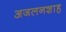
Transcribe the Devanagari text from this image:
अजलनशाह